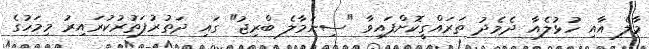
މާލެ އާއި ހުޅުލެއާ ދެމެދު ތަރައްގީކޮށްފައިވާ "ސިނަމާލެ ބްރިޖު" ގައި ދަތުރުފަތުރުކުރައިރު މިމަހުގެ